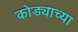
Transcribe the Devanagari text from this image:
कोड्याच्या